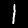
Digit: 1